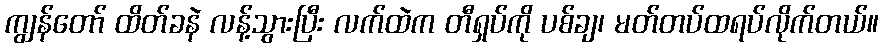
ကျွန်တော် ထိတ်ခနဲ လန့်သွားပြီး လက်ထဲက တီရှပ်ကို ပစ်ချ၊ မတ်တပ်ထရပ်လိုက်တယ်။